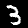
Digit: 3